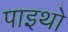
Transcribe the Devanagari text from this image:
पाइथो